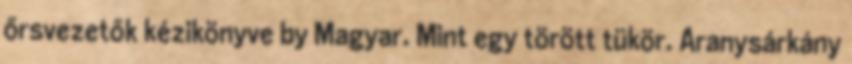
őrsvezetők kézikönyve by Magyar. Mint egy törött tükör. Aranysárkány